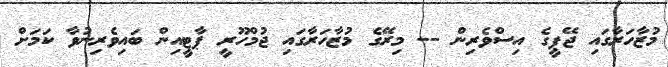
މުޒާހަރާގައި ޖޭޕީގެ އިސްވެރިން -- މިރޭގެ މުޒާހަރާގައި ޖުމްހޫރީ ޕާޓީއިން ބައިވެރިނުވާ ކަމަށް